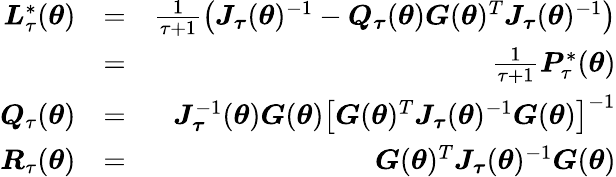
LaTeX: \begin{array}{rlr}{\boldsymbol{L}_{\tau}^{\ast}(\boldsymbol{\theta})}&{=}&{\frac{1}{\tau+1}\left(\boldsymbol{J}_{\boldsymbol{\tau}}(\boldsymbol{\theta})^{-1}-\boldsymbol{Q}_{\boldsymbol{\tau}}(\boldsymbol{\theta})\boldsymbol{G}(\boldsymbol{\theta})^{T}\boldsymbol{J}_{\boldsymbol{\tau}}(\boldsymbol{\theta})^{-1}\right)}\\ &{=}&{\frac{1}{\tau+1}\boldsymbol{P}_{\tau}^{\ast}(\boldsymbol{\theta})}\\ {\boldsymbol{Q}_{\tau}(\boldsymbol{\theta})}&{=}&{\boldsymbol{J}_{\boldsymbol{\tau}}^{-1}(\boldsymbol{\theta})\boldsymbol{G}(\boldsymbol{\theta})\left[\boldsymbol{G}(\boldsymbol{\theta})^{T}\boldsymbol{J}_{\boldsymbol{\tau}}(\boldsymbol{\theta})^{-1}\boldsymbol{G}(\boldsymbol{\theta})\right]^{-1}}\\ {\boldsymbol{R}_{\tau}(\boldsymbol{\theta})}&{=}&{\boldsymbol{G}(\boldsymbol{\theta})^{T}\boldsymbol{J}_{\boldsymbol{\tau}}(\boldsymbol{\theta})^{-1}\boldsymbol{G}(\boldsymbol{\theta})}\end{array}